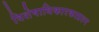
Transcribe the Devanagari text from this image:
विशेषाधिकारकाप्रश्न